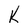
Character: k